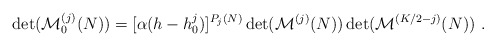
\begin{align*} \det({\cal M}^{(j)}_0 (N))=[\alpha (h-h^j_0 )]^{P_j (N)} \det({\cal M}^{(j)} (N)) \det({\cal M}^{(K/2-j)} (N)){}~.\end{align*}